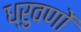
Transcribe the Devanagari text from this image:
ध्रुवणों